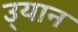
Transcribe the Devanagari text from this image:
उ्यान